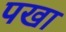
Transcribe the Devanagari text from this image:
पखा